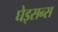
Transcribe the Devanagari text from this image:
घेइसन्स